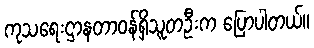
ကုသရေးဌာနတာဝန်ရှိသူတဦးက ပြောပါတယ်။